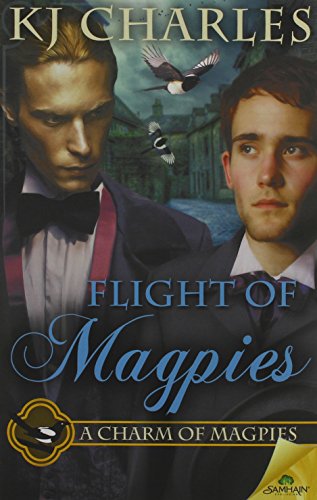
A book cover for Flight of Magpies; K J Charles; Romance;